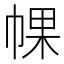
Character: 𢃦